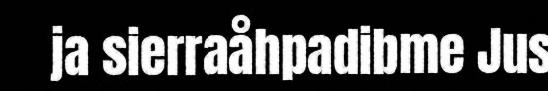
ja sierraåhpadibme Jus